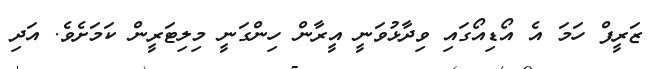
ޒަރީފް ހަމަ އެ އޯޑިއޯގައި ވިދާޅުވަނީ އީރާން ހިންގަނީ މިލިޓަރީން ކަމަށެވެ. އަދި